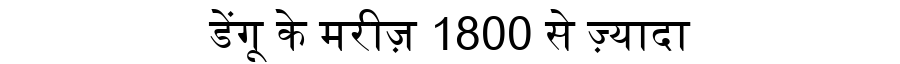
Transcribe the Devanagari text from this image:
डेंगू के मरीज़ 1800 से ज़्यादा